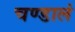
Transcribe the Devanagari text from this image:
चण्डालं